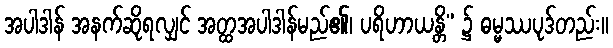
အပါဒါန် အနက်ဆိုရလျှင် အတ္ထအပါဒါန်မည်၏၊ ပရိဟာယန္တိ” ၌ ဓမ္မဿပုဒ်တည်း။